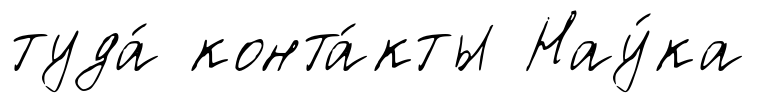
туда́ конта́кты Нау́ка